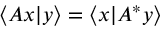
\langle A x | y \rangle = \left\langle x | A ^ { * } y \right\rangle